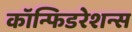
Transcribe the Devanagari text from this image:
कॉन्फिडरेशन्स